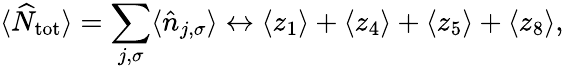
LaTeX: \langle\widehat{N}_{\textnormal{tot}}\rangle=\sum_{j,\sigma}\langle\hat{n}_{{j},\sigma}\rangle\leftrightarrow\langle z_{1}\rangle+\langle z_{4}\rangle+\langle z_{5}\rangle+\langle z_{8}\rangle,